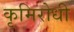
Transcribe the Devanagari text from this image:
कृमिरोधी